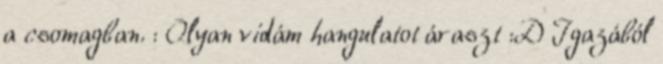
a csomagban. : Olyan vidám hangulatot áraszt :D Igazából